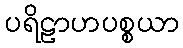
ပရိဠာဟပစ္စယာ